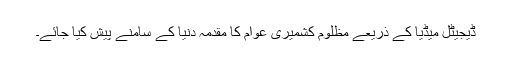
ڈیجیٹل میڈیا کے ذریعے مظلوم کشمیری عوام کا مقدمہ دنیا کے سامنے پیش کیا جائے۔